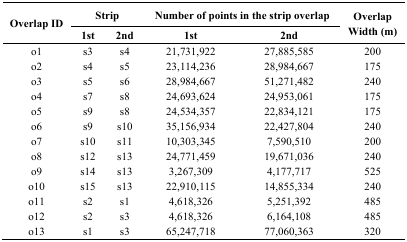
<table><thead><tr><td rowspan="3"><b>Overlap ID</b></td><td colspan="2"><b>Strip</b></td><td colspan="2"><b>Number of points in the strip overlap</b></td><td rowspan="3"><b>Overlap Width (m)</b></td></tr><tr><td><b>1st</b></td><td><b>2nd</b></td><td><b>1st</b></td><td><b>2nd</b></td></tr></thead><tbody><tr><td>o1</td><td>s3</td><td>s4</td><td>21,731,922</td><td>27,885,585</td><td>200</td></tr><tr><td>o2</td><td>s4</td><td>s5</td><td>23,114,236</td><td>28,984,667</td><td>175</td></tr><tr><td>o3</td><td>s5</td><td>s6</td><td>28,984,667</td><td>51,271,482</td><td>240</td></tr><tr><td>o4</td><td>s7</td><td>s8</td><td>24,693,624</td><td>24,953,061</td><td>175</td></tr><tr><td>o5</td><td>s9</td><td>s8</td><td>24,534,357</td><td>22,834,121</td><td>175</td></tr><tr><td>o6</td><td>s9</td><td>s10</td><td>35,156,934</td><td>22,427,804</td><td>240</td></tr><tr><td>o7</td><td>s10</td><td>s11</td><td>10,303,345</td><td>7,590,510</td><td>200</td></tr><tr><td>o8</td><td>s12</td><td>s13</td><td>24,771,459</td><td>19,671,036</td><td>240</td></tr><tr><td>o9</td><td>s14</td><td>s13</td><td>3,267,309</td><td>4,177,717</td><td>525</td></tr><tr><td>o10</td><td>s15</td><td>s13</td><td>22,910,115</td><td>14,855,334</td><td>240</td></tr><tr><td>o11</td><td>s2</td><td>s1</td><td>4,618,326</td><td>5,251,392</td><td>485</td></tr><tr><td>o12</td><td>s2</td><td>s3</td><td>4,618,326</td><td>6,164,108</td><td>485</td></tr><tr><td>o13</td><td>s1</td><td>s3</td><td>65,247,718</td><td>77,060,363</td><td>320</td></tr></tbody></table>